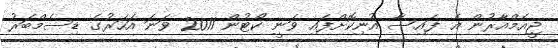
ޖީއެމްއާރުން އެ ފައިސާ އުނިކޮށްފައި ވަނީ ކޯޓުން 2011 ވަނަ އަހަރުގެ ޑިސެމްބަރު